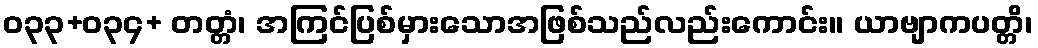
ဝ၃၃+၀၃၄+ တတ္တံ၊ အကြင်ပြစ်မှားသောအဖြစ်သည်လည်းကောင်း။ ယာဗျာကပတ္တိ၊